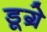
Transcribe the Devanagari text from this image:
डूग्रे